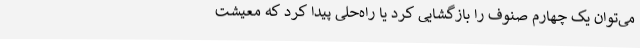
می‌توان یک چهارم صنوف را بازگشایی کرد یا راه‌حلی پیدا کرد که معیشت